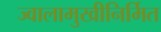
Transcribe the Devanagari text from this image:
ज्वालामुखीनिर्मित